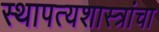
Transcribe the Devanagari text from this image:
स्थापत्यशास्त्रांचा